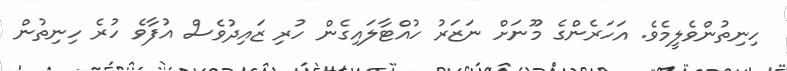
ހިނިތުންވެލީމެވެ. އަހަރެންގެ މޫނަށް ނަޒަރު ހުއްޓާލައިގެން ހުރި ޒައިދުވެސް އުފާވެ ހުރެ ހިނިތުން